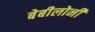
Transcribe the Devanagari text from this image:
बेबीलोनी